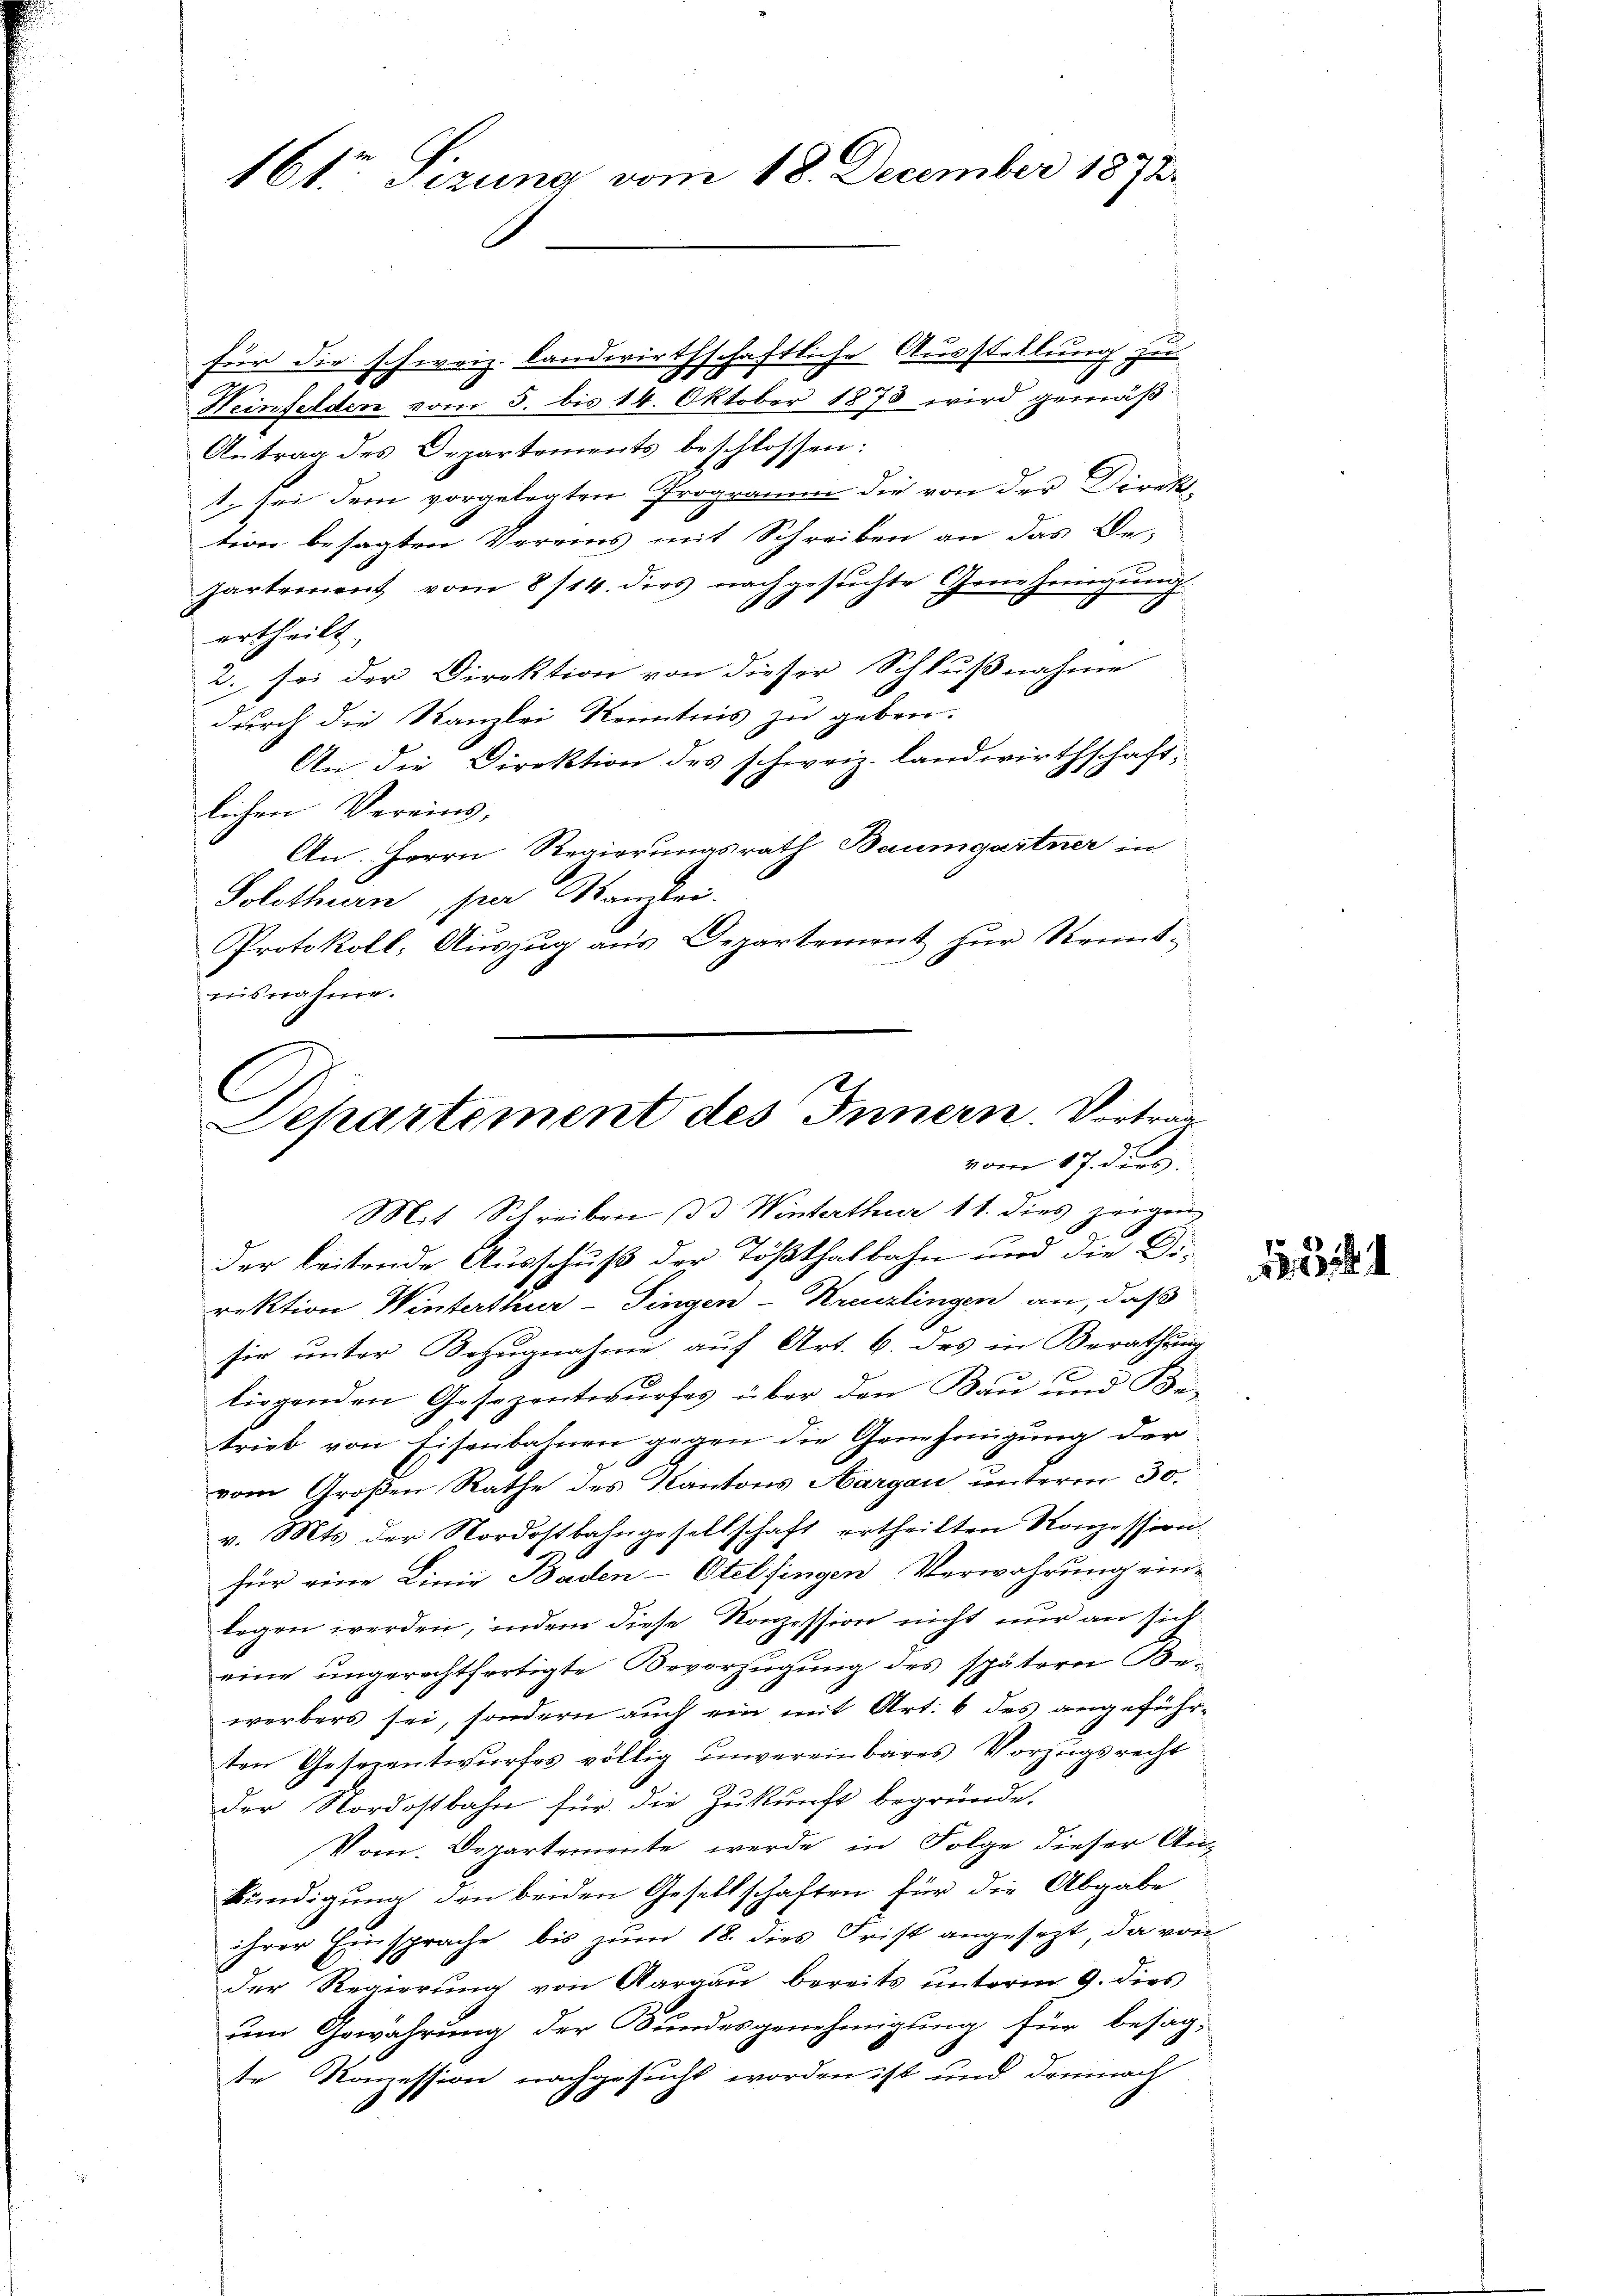
16ten Sizung vom 18. December 1873.

für die schweiz. landwirthschaftliche Ausstellung zu
Heinfelden vom 5. bis 14. Oktober 1873 wird gemäß¬
Antrag des Departements beschlossen:
t. sei dem vorgelegten Programm die von der Direkttion besagten Vereins mit Schreiben an das Be¬
Partrorient vom 8/14. dies nachgesuchte Genehmigung
d
ertheilt.
2. sei der Direktion von dieser Schlußnahme
durch die Kanzlei Kenntnis zu geben.
An die Direktion des schweiz. Landwirthschaft,
lichen Vereins,
An. Herrn Regierungsrath Baumgartner in
Solothurn, per Kanzlei.
Protokoll, Auszug aus Departement zur Kennt-
e
nisnahme.

C
Separtement des Innern. Vorträg
vom 17. dies
Mit Schreiben (d. Winterthur 11. dies zeigen

der beitende Ausschuß der Tößthalbahn und die Direktion Winterthur–Singen-Kreuzlingen an, daß
sie unter Bezugnahme auf Art. 6. des in Berathung
x
liegenden Gesezentwurfes über den Bau und Be-
trieb von Eisenbahnen gegen die Genehmigung der
vom Großen Rathe des Kantons Aargau unterm 30.
v. Mts. der Nordostbahngesellschaft ertheilten Konzession
für eine Linie Baden-Otelfingen Verwahrung ein-
legen werden, indem diese Konzession nicht nur an sich
eine ungerechtfertigte Bevorzugung des spätern Be-
werbers sei, sondern auch ein mit Art. 6 des angeführten Geserentwurfes völlig unvereinbares Vorzugsrecht
der Nordostbahn für die Zukunft begründe.
Vom Departemente werde in Folge dieser Ankündigung den beiden Gesellschaften für die Abgabe
ihrer Einsprache bis zum 18. dies Frist angesezt, da von
der Regierung von Aargau bereits unterm 9. dies
um Gewährung der Bundesgenehmigung für besagte Konzession nachgesucht worden ist und demnach
d

131